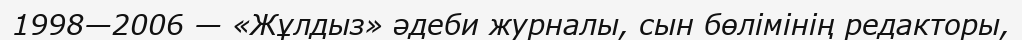
1998—2006 — «Жұлдыз» әдеби журналы, сын бөлімінің редакторы,